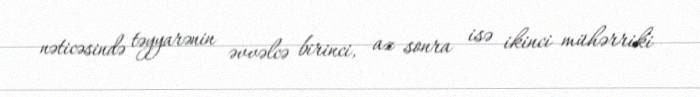
nəticəsində təyyarənin əvvəlcə birinci, az sonra isə ikinci mühərriki